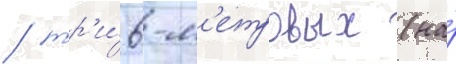
/ тр'и́ 6-м'етровых (на́